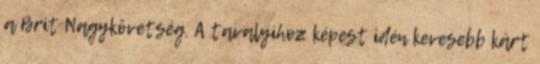
a Brit Nagykövetség. A tavalyihoz képest idén kevesebb kárt